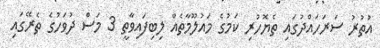
އުތުރު ސަރަހައްދުގައި ތެޔޮހުރި ކަމުގެ މައުލޫމާތެއް ލިބިފައިވާތީ 3 މަސް ދުވަހުގެ ތެރޭގައި